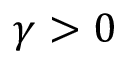
\gamma > 0